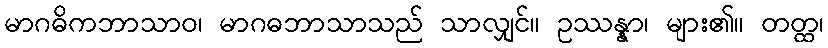
မာဂဓိကဘာသာဝ၊ မာဂဓဘာသာသည် သာလျှင်။ ဥဿန္နာ၊ များ၏။ တတ္ထ၊